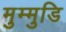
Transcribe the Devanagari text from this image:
मुम्मुडि